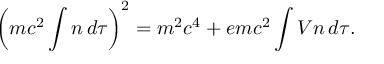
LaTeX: \left( m c ^ { 2 } \int n \, d \tau \right) ^ { 2 } = m ^ { 2 } c ^ { 4 } + e m c ^ { 2 } \int V n \, d \tau .